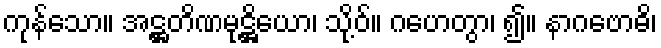
ကုန်သော။ အဋ္ဌတိဏမုဋ္ဌိယော၊ သို့ဝ်။ ဂဟေတွာ၊ ၍။ နာဂဗောဓိ၊